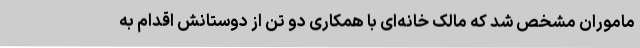
ماموران مشخص شد که مالک خانه‌ای با همکاری دو تن از دوستانش اقدام به